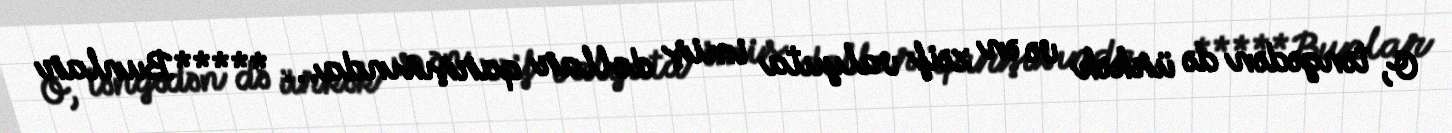
O, təngədən də ürkək və ən zəif valyuta imiş dollar qarşısında... *****Bunlar